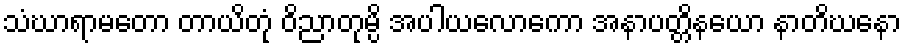
သံဃာရာမတော တာယိတုံ ဝိညာတုမ္ပိ အပါယလောကော အနာပတ္တိနယော နာတိဃနော